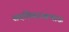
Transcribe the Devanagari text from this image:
सदशिवरावभाऊ